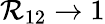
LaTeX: \mathcal{R}_{12}\rightarrow1